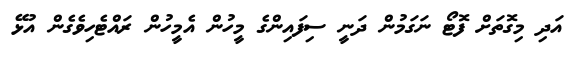
އަދި މިގޮތަށް ފޮޓޯ ނަގަމުން ދަނީ ސިފައިންގެ މީހުން އެމީހުން ރައްޓެހިވެގެން އުޅޭ